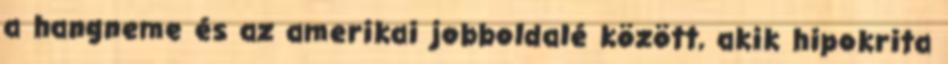
a hangneme és az amerikai jobboldalé között, akik hipokrita